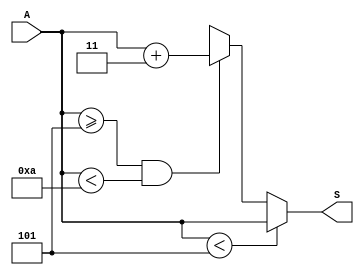
`timescale 1ns / 1ps
//////////////////////////////////////////////////////////////////////////////////
// Company: 
// Engineer: 
// 
// Design Name: 
// Module Name: add_3
// Project Name: 
// Target Devices: 
// Tool Versions: 
// Description: 
// 
// Dependencies: 
// 
// Revision:
// Revision 0.01 - File Created
// Additional Comments:
// 
//////////////////////////////////////////////////////////////////////////////////


module add_3(
    input [3:0] A,
    output reg [3:0] S
    );
    
    always@(A)
    begin
        S = 4'b0000;
    
        if(A < 5)
            S = A;
        else if(A >= 5 & A < 10)
            S = A + 3;
        else
            S = 4'bx;         
    end
endmodule